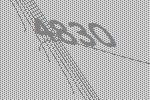
4830